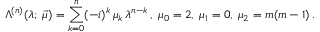
\Lambda ^ { ( n ) } ( \lambda ; \; \vec { \mu } ) = \sum _ { k = 0 } ^ { n } ( - i ) ^ { k } \, \mu _ { k } \, \lambda ^ { n - k } \, , \; \mu _ { 0 } = 2 , \; \mu _ { 1 } = 0 , \; \mu _ { 2 } = m ( m - 1 ) \, .